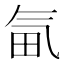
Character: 𣱟